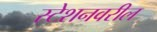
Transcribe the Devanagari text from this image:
स्टेशनवरील